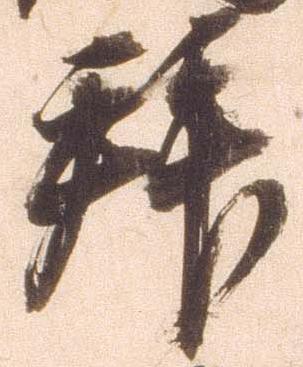
拝